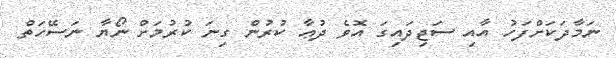
ނަމާދަކަށްފަހު އާއި ސަޖިދައިގަ އޮވެ ދުޢާ ކުރުން ގިނަ ކުރުމަށް ނޯޔާ ނަސޭހަތް